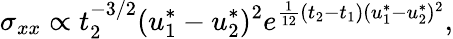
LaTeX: \sigma_{xx}\propto t_{2}^{-3/2}(u_{1}^{*}-u_{2}^{*})^{2}e^{\frac{1}{12}(t_{2}-t_{1})(u_{1}^{*}-u_{2}^{*})^{2}},